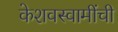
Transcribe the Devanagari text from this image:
केशवस्वामींची